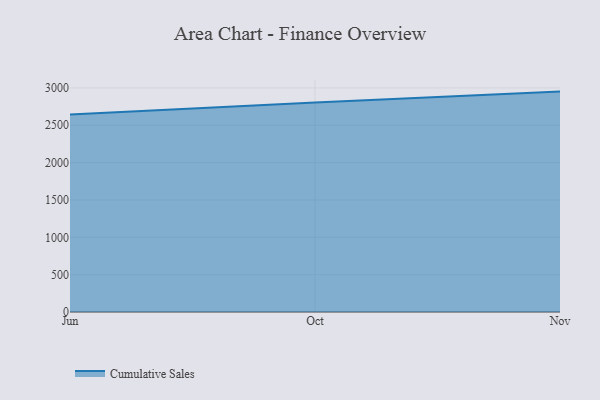
{"axis": {"x": "Month", "y": "Headcount"}, "legend": ["Cumulative Sales"], "data": [{"x": "Jun", "y": 2642.6, "type": "Cumulative Sales"}, {"x": "Oct", "y": 2805.0, "type": "Cumulative Sales"}, {"x": "Nov", "y": 2950.8, "type": "Cumulative Sales"}]}